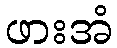
ဖားအံ